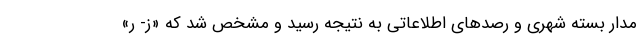
مدار بسته شهری و رصد‌های اطلاعاتی به نتیجه رسید و مشخص شد که «ز- ر»